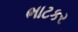
ભાટકર